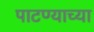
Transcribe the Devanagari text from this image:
पाटण्याच्या